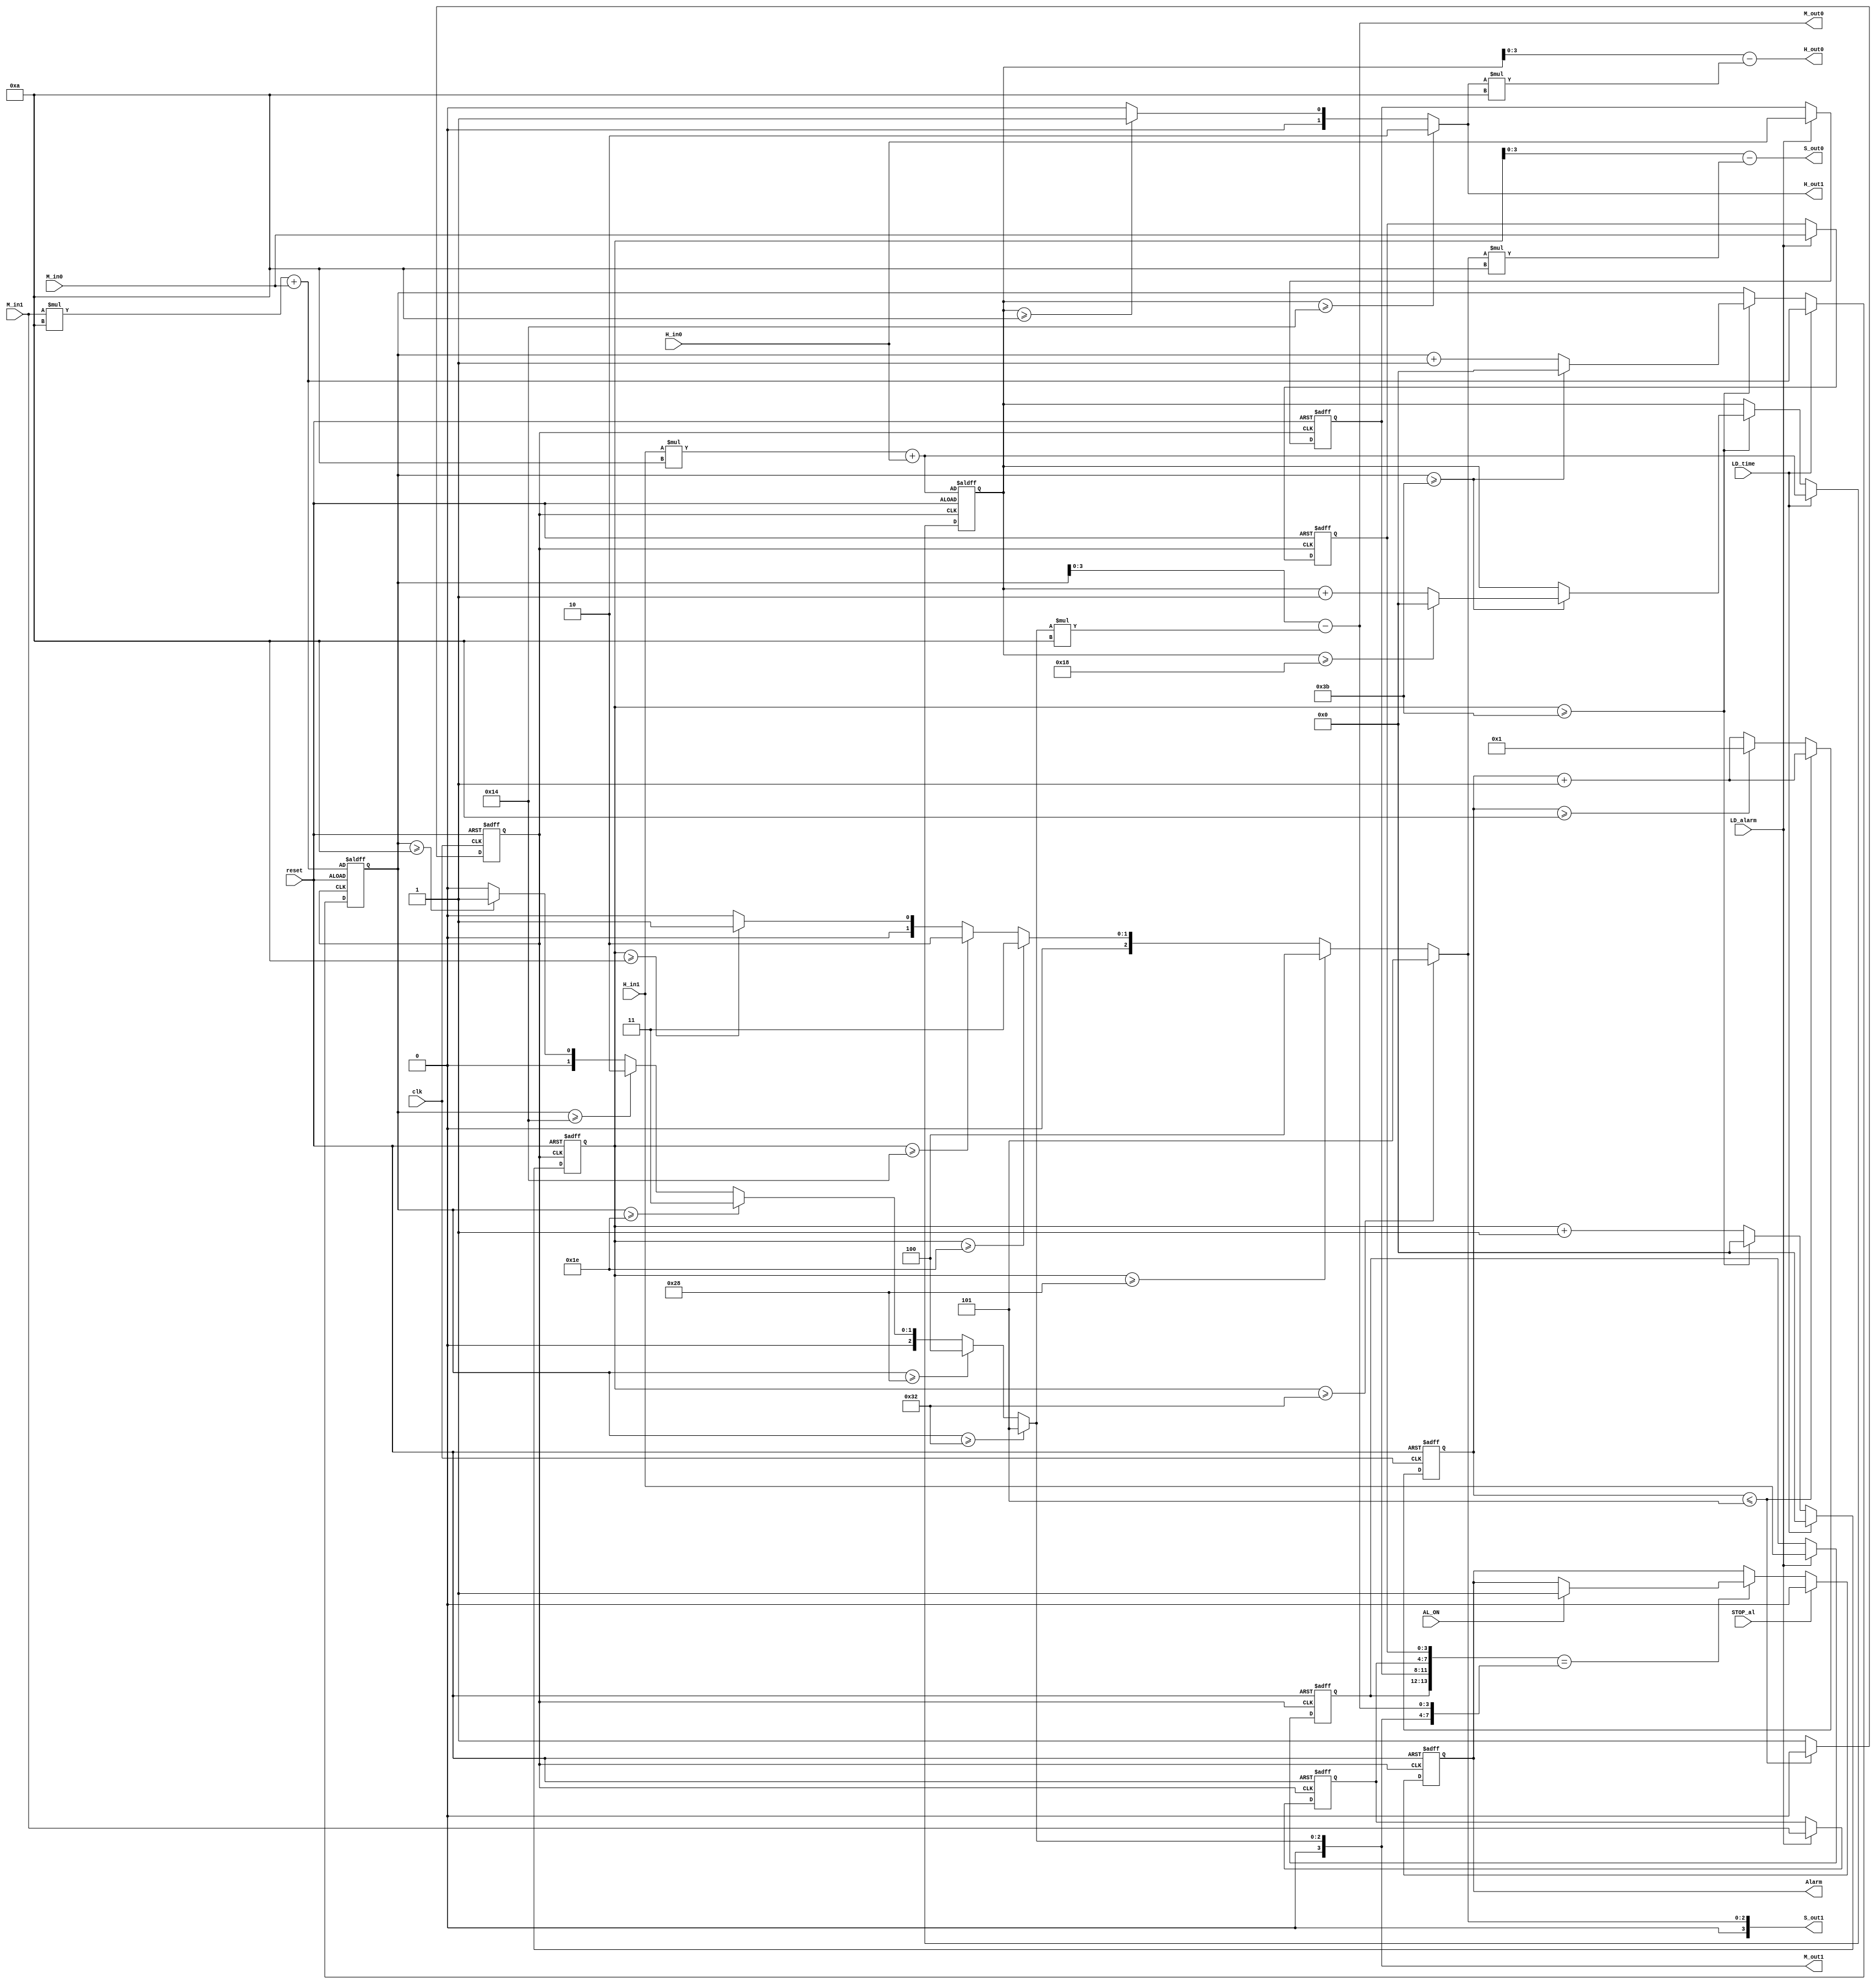
module c2(
//initalization
input reset,
input clk,
input [1:0] H_in1,
input [3:0] H_in0,
input [3:0] M_in1,
input [3:0] M_in0,
input LD_time,
input   LD_alarm,
input   STOP_al,
input   AL_ON,
output reg Alarm,
output [1:0]  H_out1,
output [3:0]  H_out0,
output [3:0]  M_out1,
output [3:0]  M_out0,
output [3:0]  S_out1,
output [3:0]  S_out0);

reg clk_1s;
reg [3:0] tmp_1s;
reg [5:0] tmp_hour, tmp_minute, tmp_second;
reg [1:0] c_hour1,a_hour1;
reg [3:0] c_hour0,a_hour0;
reg [3:0] c_min1,a_min1;
reg [3:0] c_min0,a_min0;
reg [3:0] c_sec1,a_sec1;
reg [3:0] c_sec0,a_sec0;

function [3:0] mod_10;
 input [5:0] number;
 begin
 //it is mod function(if else statement eg. if no is 54 it will give 10 stages i.e. 5
 mod_10 = (number >=50) ? 5 : ((number >= 40)? 4 :((number >= 30)? 3 :((number >= 20)? 2 :((number >= 10)? 1 :0))));
 end
endfunction

always @(posedge clk_1s or posedge reset )
 begin
 //reset clock
 //if reset is high then set everything to zero 
 if(reset) begin
 a_hour1 <= 2'b00;
 a_hour0 <= 4'b0000;
 a_min1 <= 4'b0000;
 a_min0 <= 4'b0000;
 a_sec1 <= 4'b0000;
 a_sec0 <= 4'b0000;
 tmp_hour <= H_in1*10 + H_in0;
 tmp_minute <= M_in1*10 + M_in0;
 tmp_second <= 0;
 end 
 //set alarm 
 else begin
 //if load alarm is high simply load alarm
 if(LD_alarm) begin
 a_hour1 <= H_in1;
 a_hour0 <= H_in0;
 a_min1 <= M_in1;
 a_min0 <= M_in0;
 a_sec1 <= 4'b0000;
 a_sec0 <= 4'b0000;
 end 
 //load time
 //if load time is high simply load time
 if(LD_time) begin 
 tmp_hour <= H_in1*10 + H_in0;
 tmp_minute <= M_in1*10 + M_in0;
 tmp_second <= 0;
 end 
 //incrementing time
 //if we are not loading time we'll increment time
 else begin  
 tmp_second <= tmp_second + 1;
 if(tmp_second >=59) begin
 tmp_minute <= tmp_minute + 1;
 tmp_second <= 0;
 if(tmp_minute >=59) begin
 tmp_minute <= 0;
 tmp_hour <= tmp_hour + 1;
 if(tmp_hour >= 24) begin
 tmp_hour <= 0;
 end
 end 
 end

 end 
 end 
 end 
//make a clock(one second clock)
//it will increment everything by one second
 always @(posedge clk or posedge reset)
 begin
 if(reset) 
 begin
 tmp_1s <= 0;
 clk_1s <= 0;
 end
 else begin
 tmp_1s <= tmp_1s + 1;
 if(tmp_1s <= 5) 
 clk_1s <= 0;
 else if (tmp_1s >= 10) begin
 clk_1s <= 1;
 tmp_1s <= 1;
 end
 else
 clk_1s <= 1;
 end
 end
//output time
 always @(*) begin
//if time is more than 20 then msb is 2 (our clock is 24 hour clock)
 if(tmp_hour>=20) begin
 c_hour1 = 2;
 end
 else begin
 //if time is greater than 10 then msb is 1 otherwise 0
 if(tmp_hour >=10) 
 c_hour1  = 1;
 else
 c_hour1 = 0;
 end
 c_hour0 = tmp_hour - c_hour1*10;
//mod_10 will simply pick tens digits 
//if tmp_minute value is 54 then msb for minute is 5 and lsb minute is 4 
 c_min1 = mod_10(tmp_minute); 
 c_min0 = tmp_minute - c_min1*10;
 c_sec1 = mod_10(tmp_second);
 c_sec0 = tmp_second - c_sec1*10; 
 end
//setting and disabling alarm

always @(posedge clk_1s or posedge reset) 
begin
//if reset is 1 alarm is 0
 if(reset) 
 Alarm <=0; 
 else begin
 //if time we have set is equal to the time which was for load alarm then alarm gets on for the time period for which AL_ON is high, thus is setting and disabling of alarm
 if({a_hour1,a_hour0,a_min1,a_min0}=={c_hour1,c_hour0,c_min1,c_min0})
 begin
 if(AL_ON) Alarm <= 1; 
 end
 if(STOP_al) Alarm <=0;

 end
 end


 assign H_out1 = c_hour1; 
 assign H_out0 = c_hour0; 
 assign M_out1 = c_min1; 
 assign M_out0 = c_min0; 
 assign S_out1 = c_sec1;
 assign S_out0 = c_sec0;

endmodule